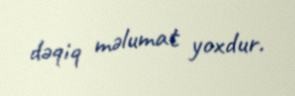
dəqiq məlumat yoxdur.